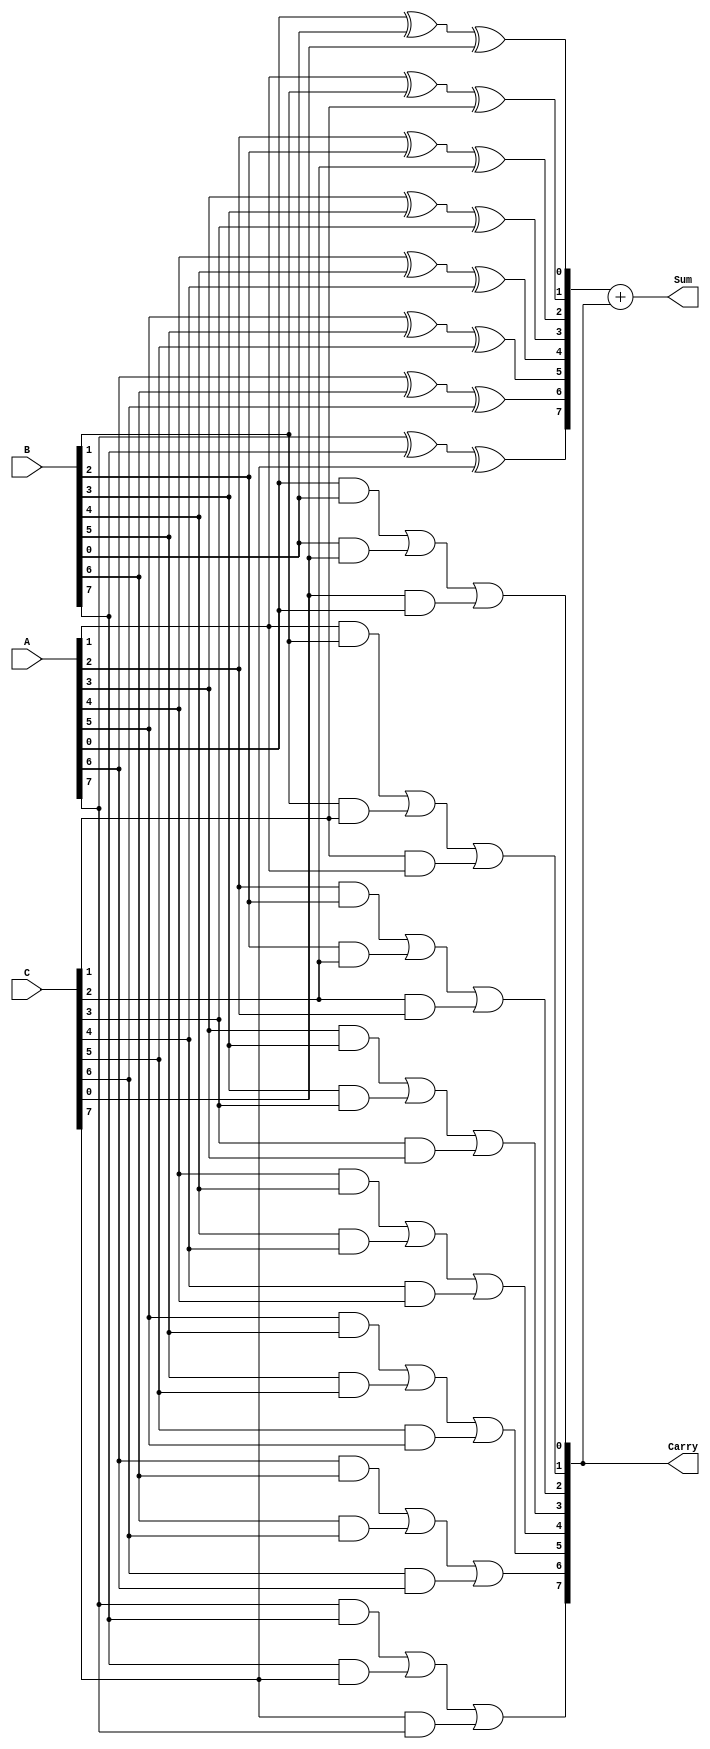
module ModifiedCarrySaveAdder #(parameter n = 8) (
    input  wire [n-1:0] A,    // First input number
    input  wire [n-1:0] B,    // Second input number
    input  wire [n-1:0] C,    // Third input number
    output wire [n:0] Sum,     // Resultant sum (n+1 bits)
    output wire [n-1:0] Carry   // Final carry output (n bits)
);

    wire [n-1:0] PartialSum; // Partial sums for each bit
    wire [n-1:0] TempCarry;   // Temporary carries for each bit

    // Generate partial sums and carries
    genvar i;
    generate
        for (i = 0; i < n; i = i + 1) begin : CarrySaveLogic
            assign PartialSum[i] = A[i] ^ B[i] ^ C[i]; // S[i] = A[i] XOR B[i] XOR C[i]
            assign TempCarry[i] = (A[i] & B[i]) | (B[i] & C[i]) | (C[i] & A[i]); // C[i] = Majority function
        end
    endgenerate

    // Calculate final sum and carry
    assign Carry = TempCarry; // Final carry output is the computed carry
    assign Sum = PartialSum + {1'b0, Carry}; // Final sum considering carry (n+1 bits)

endmodule